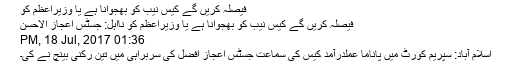
فیصلہ کریں گے کیس نیب کو بھجوانا ہے یا وزیراعظم کو
فیصلہ کریں گے کیس نیب کو بھجوانا ہے یا وزیراعظم کو نااہل: جسٹس اعجاز الاحسن
01:36 PM, 18 Jul, 2017
اسلام آباد: سپریم کورٹ میں پاناما عملدرآمد کیس کی سماعت جسٹس اعجاز افضل کی سربراہی میں تین رکنی بینچ نے کی۔